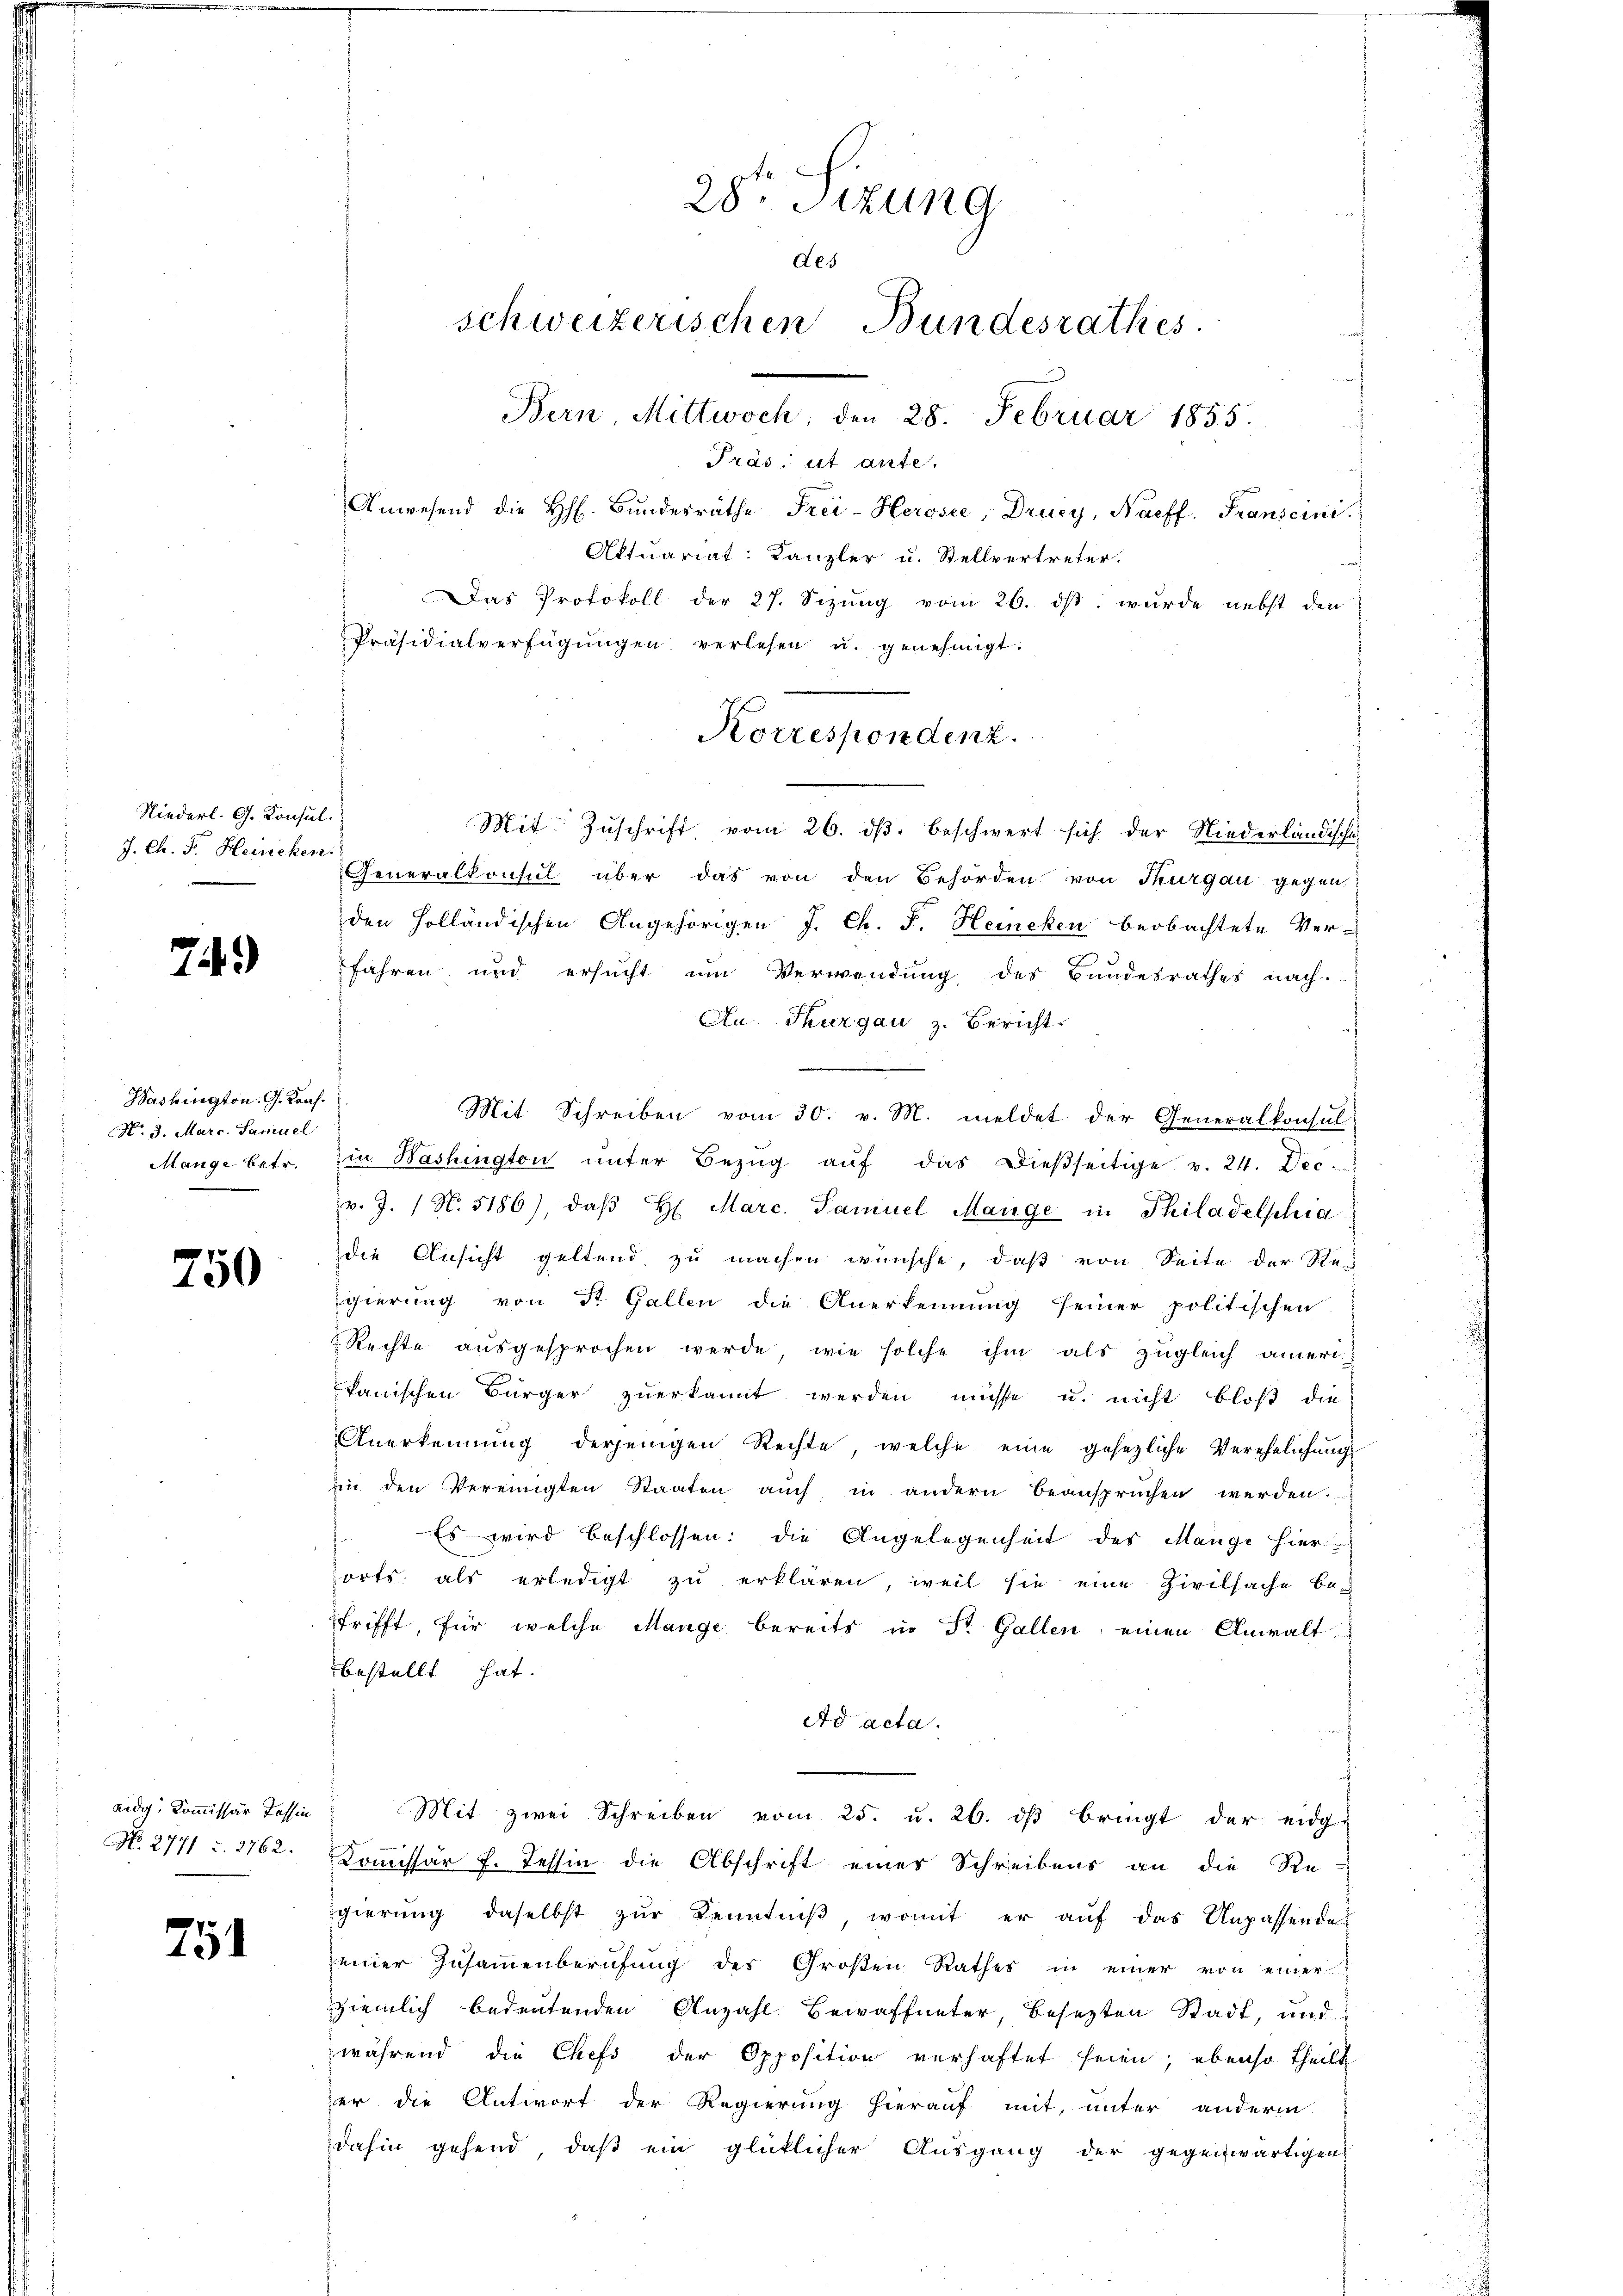
Niederl. G. Konsul
J. Ch. F. Heiricken.

749

Washington. G. Kauf.
N. 3. Marc. Samuel
Mange betr.

750

No. 2771 u. 2762.

751

28ten Sizung
des
schweizerischen Bundesrathes
Bern Mittwoch 28. Februar 1855.
Präs: et ante.
Anwesend die h. Bŭndesräthe Frei-Herosee, Drucy, Naeff. Franscini
Attuariat: Kanzler u. Stellvertreter.
Das Protokoll der 27. Sizung vom 26. ds. wurde nebst den
Präsidialverfügŭngen verlesen u. genehmigt.

Korrespondenz.

Mit Zuschrift vom 26. ds. beschwert sich der Niederländische-
Generalkonsul über das von den Behörden von Thurgau gegen
den Holländischen Angehörigen J. Ch. F. Heincken beobachtete Ver-
.
fahren und ersucht um Verwendung des Bundesrathes nach.
Au Thurgau z. Bericht
h
Mit Schreiben vom 30. v. M. meldet der Generalkonsul-
in Washington ŭnter Bezŭg aŭf das dieβseitige v. 24. Dec.
v. J. 1 N. 5186), daβ H. Marc. Samuel Mange in Philadelphia
die Ansicht geltend zu machen wünsche, daß von Seite der Re-
gierung von St. Gallen die Anerkennung seiner politischen
Rechte ausgesprochen werde, wie solche ihm als zugleich amerikanischen Bürger zuerkannt werden müsse u. nicht bloß die
Anerkennung derjenigen Rechte, welche eine gesezliche Verehelichung
in den Vereinigten Staaten auch in andern beanspruchen werden
 Es wird beschlossen: die Angelegenheit des Mange hier
orts als erledigt zu erklären, weil sie eine Zivilsache be-
trifft, für welche Mange bereits in St. Gallen einen Anwalt
bestellt hat.
Ad acta.
aidg. Koṁissär Tessin. Mit zwei Schreiben vom 25. u. 26. dβ bringt der eidg
Komissär f. Tessin die Abschrift eines Schreibens an die Re-
gierŭng daselbst zŭr Kenntniβ, womit er aŭf das Unpassende
einer Zusammenberufung des Großen Rathes in einer von einer
ziemlich bedeutenden Anzahl Bewaffneter, besezten Stadt, und
während die Chefs der Opposition verhaftet seien; ebenso theilt
zer die Antwort der Regierung hierauf mit, unter anderm
dahin gehend, daß ein glücklicher Ausgang der gegenwärtigen